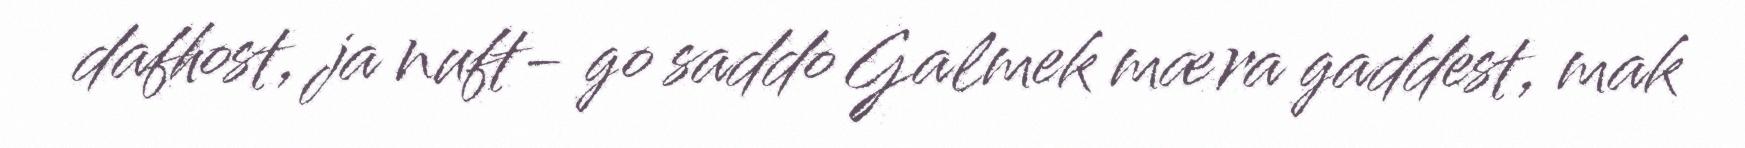
dafhost, ja nuft- go saddo Galmek mæra gaddest, mak